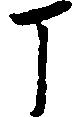
丁